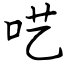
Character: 呓